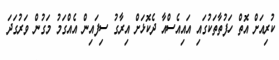
ކުރިއަށް އޮތް ހަފުތާތަކުގައި އައިއެސްއާ ދެކޮޅަށް އިރާގު ސިފައިން އެއްގަމު މަގުން ވަރުގަދަ